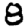
Digit: 8